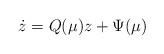
LaTeX: \begin{align*}\dot{z}=Q(\mu)z+\Psi(\mu)\end{align*}